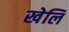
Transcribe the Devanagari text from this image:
खेलि